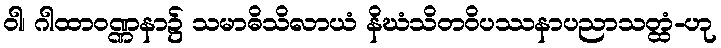
ဝါ၊ ဂါထာဝဏ္ဏနာ၌ သမာဓိသိလာယံ နိဃံသိတဝိပဿနာပညာသတ္ထံ-ဟု